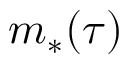
m _ { * } ( \tau )